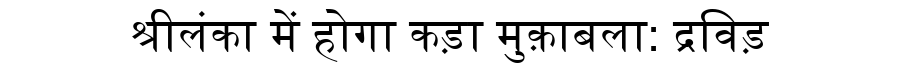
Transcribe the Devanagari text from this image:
श्रीलंका में होगा कड़ा मुक़ाबला: द्रविड़